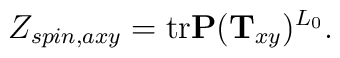
Z_{spin,axy}= \mbox{tr} {\bf P}({\bf T}_{xy})^{L_0} .